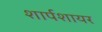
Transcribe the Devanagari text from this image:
शार्पशायर